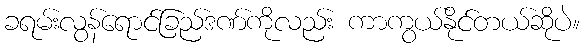
ခရမ်းလွန်ရောင်ခြည်ဒဏ်ကိုလည်း ကာကွယ်နိုင်တယ်ဆိုပဲ။